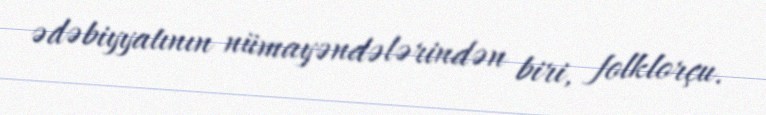
ədəbiyyatının nümayəndələrindən biri, folklorçu.